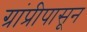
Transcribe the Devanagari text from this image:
ग्रांप्रीपासून